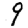
Digit: 9